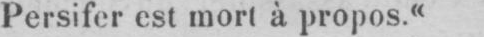
Persifer est mort à propos.“